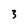
Character: 3